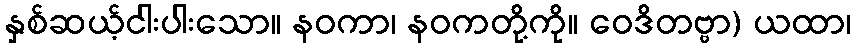
နှစ်ဆယ့်ငါးပါးသော။ နဝကာ၊ နဝကတို့ကို။ ဝေဒိတဗ္ဗာ) ယထာ၊